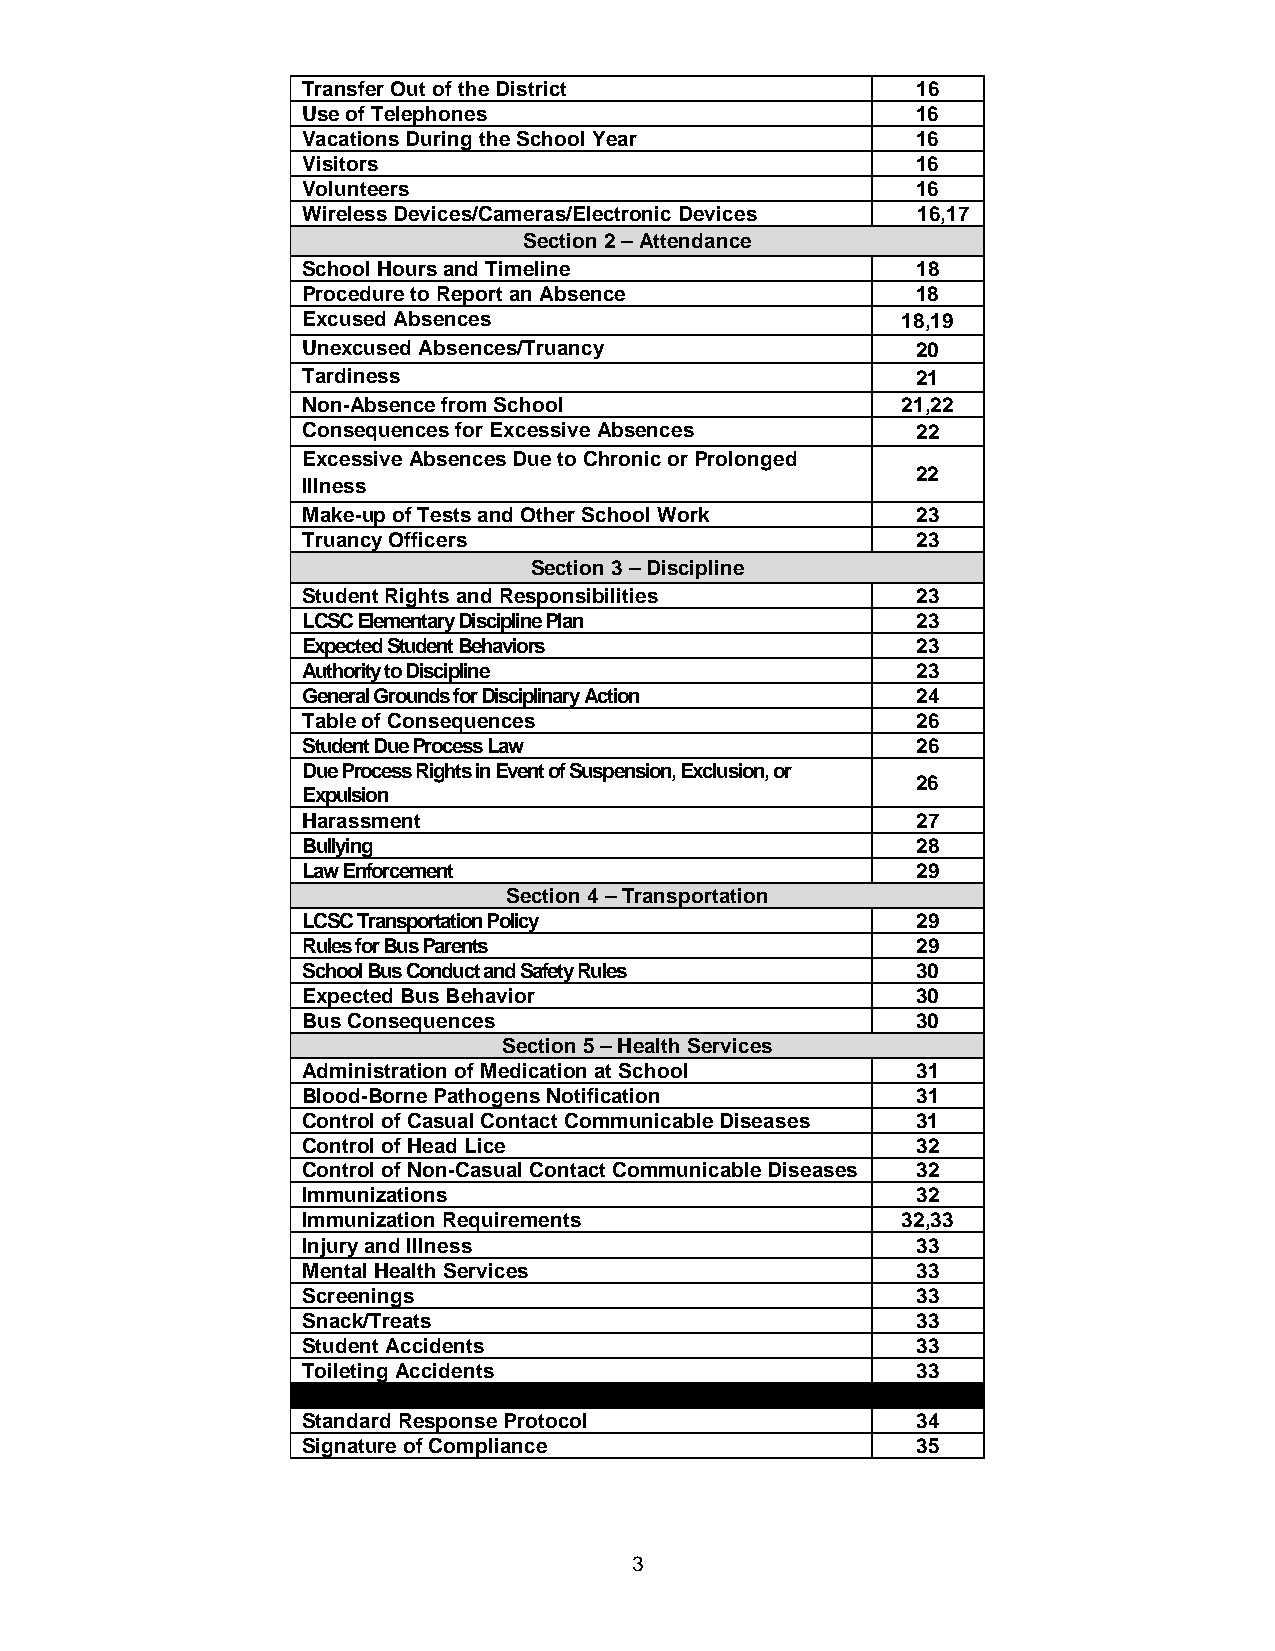
Transfer Out of the District             16
 Use of Telephones                        16
 Vacations During the School Year         16
 Visitors                                 16
 Volunteers                               16
 Wireless Devices/Cameras/Electronic Devices 16,17
 Section 2 – Attendance
 School Hours and Timeline                18
 Procedure to Report an Absence           18
 Excused Absences                        18,19
 Unexcused Absences/Truancy               20
 Tardiness                                21
 Non-Absence from School                 21,22
 Consequences for Excessive Absences      22
 Excessive Absences Due to Chronic or Prolonged
 22
 Illness
 Make-up of Tests and Other School Work   23
 Truancy Officers                         23
 Section 3 – Discipline
 Student Rights and Responsibilities      23
 LCSC Elementary Discipline Plan          23
 Expected Student Behaviors               23
 Authority to Discipline                  23
 General Grounds for Disciplinary Action  24
 Table of Consequences                    26
 Student Due Process Law                  26
 Due Process Rights in Event of Suspension, Exclusion, or
 26
 Expulsion
 Harassment                               27
 Bullying                                 28
 Law Enforcement                          29
 Section 4 – Transportation
 LCSC Transportation Policy               29
 Rules for Bus Parents                    29
 School Bus Conduct and Safety Rules      30
 Expected Bus Behavior                    30
 Bus Consequences                         30
 Section 5 – Health Services
 Administration of Medication at School   31
 Blood-Borne Pathogens Notification       31
 Control of Casual Contact Communicable Diseases 31
 Control of Head Lice                     32
 Control of Non-Casual Contact Communicable Diseases 32
 Immunizations                            32
 Immunization Requirements               32,33
 Injury and Illness                       33
 Mental Health Services                   33
 Screenings                               33
 Snack/Treats                             33
 Student Accidents                        33
 Toileting Accidents                      33
 Standard Response Protocol               34
 Signature of Compliance                  35
 3